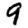
Digit: 9